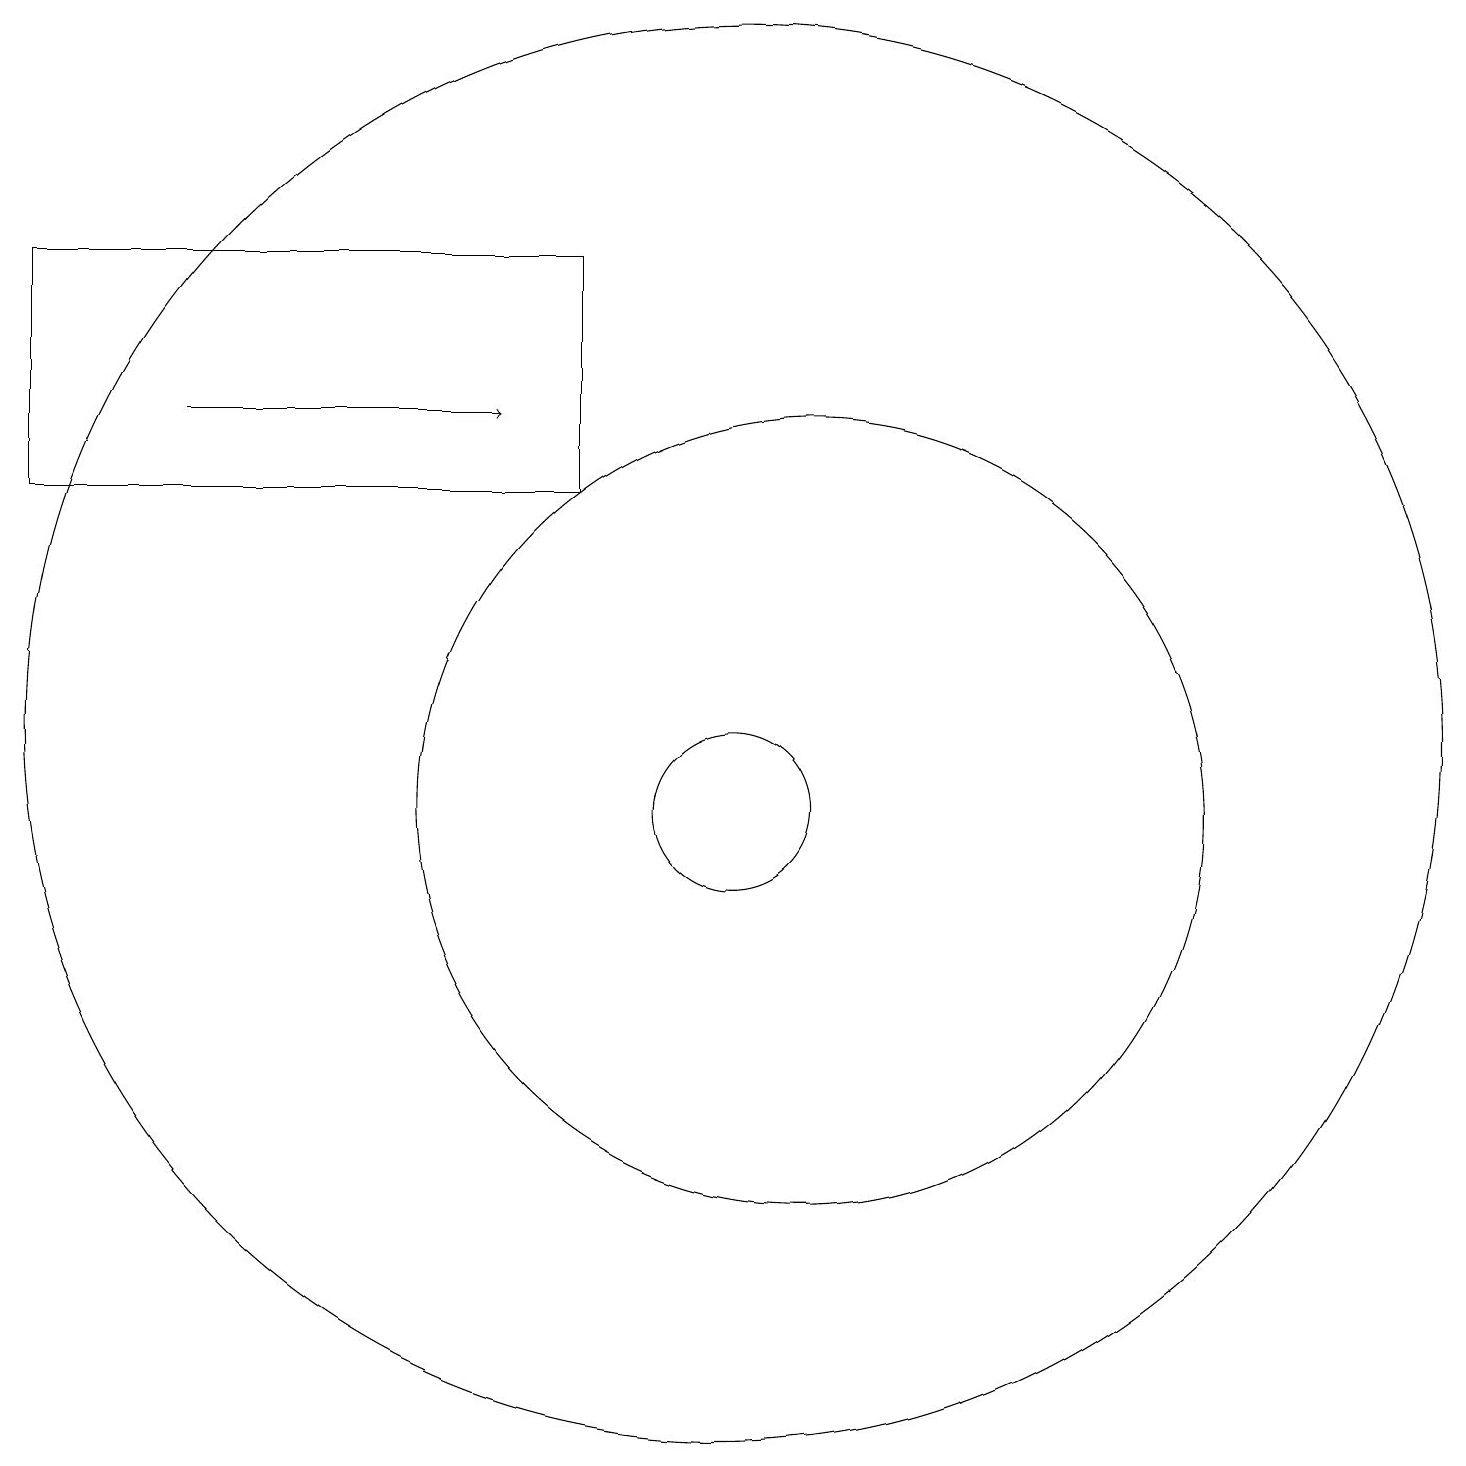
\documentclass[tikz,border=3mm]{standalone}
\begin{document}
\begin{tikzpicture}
\draw (10,11) circle (9);
\draw (10,10) circle (1);
\draw (11,10) circle (5);
\draw[->] (3,15) -- (7,15);
\draw (8,14) rectangle (1,17);
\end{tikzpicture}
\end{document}